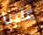
علينا